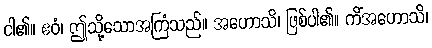
ငါ၏။ ဧဝံ၊ ဤသို့သောအကြံသည်။ အဟောသိ၊ ဖြစ်ပါ၏။ ကိံအဟောသိ၊